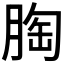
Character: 𮌚